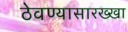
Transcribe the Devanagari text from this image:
ठेवण्यासारख्खा